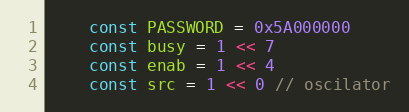
Language: Go
	const PASSWORD = 0x5A000000
	const busy = 1 << 7
	const enab = 1 << 4
	const src = 1 << 0 // oscilator